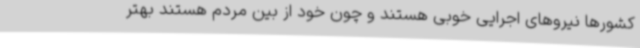
کشورها نیروهای اجرایی خوبی هستند و چون خود از بین مردم هستند بهتر